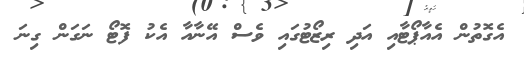
އެގޮތުން އެއާޕޯޓާއި އަދި ރިޒޯޓުގައި ވެސް އޭނާއާ އެކު ފޮޓޯ ނަގަން ގިނަ